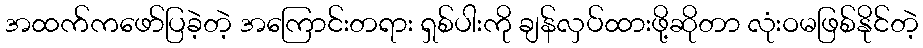
အထက်ကဖော်ပြခဲ့တဲ့ အကြောင်းတရား ရှစ်ပါးကို ချန်လှပ်ထားဖို့ဆိုတာ လုံးဝမဖြစ်နိုင်တဲ့